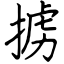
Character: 掳